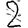
Digit: 2